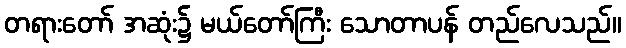
တရားတော် အဆုံး၌ မယ်တော်ကြီး သောတာပန် တည်လေသည်။